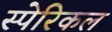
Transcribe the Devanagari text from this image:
स्पेरिकल